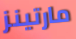
مارتينز